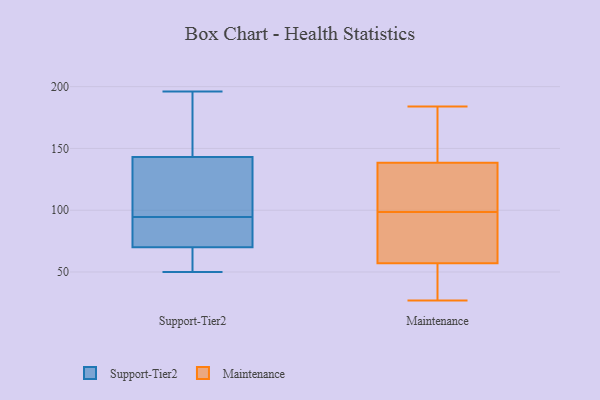
{"axis": {"x": "Gross Profit (USD K)", "y": "Value"}, "legend": ["Maintenance", "Support-Tier2"], "data": [{"x": "", "y": 196, "type": "Support-Tier2"}, {"x": "", "y": 82, "type": "Support-Tier2"}, {"x": "", "y": 116, "type": "Support-Tier2"}, {"x": "", "y": 143, "type": "Support-Tier2"}, {"x": "", "y": 94, "type": "Support-Tier2"}, {"x": "", "y": 180, "type": "Support-Tier2"}, {"x": "", "y": 95, "type": "Support-Tier2"}, {"x": "", "y": 50, "type": "Support-Tier2"}, {"x": "", "y": 54, "type": "Support-Tier2"}, {"x": "", "y": 70, "type": "Support-Tier2"}, {"x": "", "y": 173, "type": "Maintenance"}, {"x": "", "y": 121, "type": "Maintenance"}, {"x": "", "y": 31, "type": "Maintenance"}, {"x": "", "y": 167, "type": "Maintenance"}, {"x": "", "y": 123, "type": "Maintenance"}, {"x": "", "y": 71, "type": "Maintenance"}, {"x": "", "y": 144, "type": "Maintenance"}, {"x": "", "y": 115, "type": "Maintenance"}, {"x": "", "y": 52, "type": "Maintenance"}, {"x": "", "y": 45, "type": "Maintenance"}, {"x": "", "y": 99, "type": "Maintenance"}, {"x": "", "y": 62, "type": "Maintenance"}, {"x": "", "y": 133, "type": "Maintenance"}, {"x": "", "y": 73, "type": "Maintenance"}, {"x": "", "y": 184, "type": "Maintenance"}, {"x": "", "y": 179, "type": "Maintenance"}, {"x": "", "y": 46, "type": "Maintenance"}, {"x": "", "y": 98, "type": "Maintenance"}, {"x": "", "y": 27, "type": "Maintenance"}, {"x": "", "y": 71, "type": "Maintenance"}]}